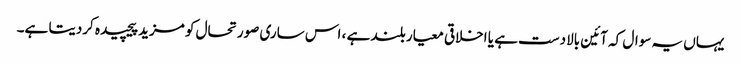
یہاں یہ سوال کہ آئین بالادست ہے یا اخلاقی معیار بلند ہے ، اس ساری صورتحال کو مزید پیچیدہ کردیتا ہے۔